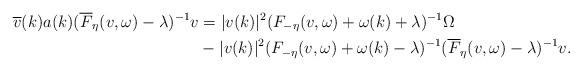
LaTeX: \begin{align*}\overline{v}(k)a(k)(\overline{F}_{\eta}(v,\omega)-\lambda)^{-1}v&= \lvert v(k)\lvert ^2(F_{-\eta}(v,\omega)+\omega(k)+\lambda )^{-1}\Omega\\&-\lvert v(k)\lvert ^2(F_{-\eta}(v,\omega)+\omega(k)-\lambda)^{-1}(\overline{F}_{\eta}(v,\omega)-\lambda)^{-1}v.\end{align*}